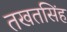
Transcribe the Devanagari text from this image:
तखतसिंह